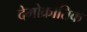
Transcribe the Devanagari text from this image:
देमोक्रातिक